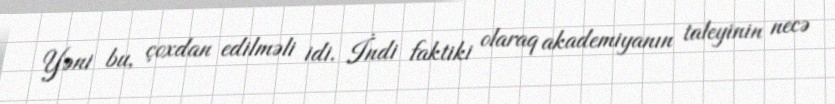
Yəni bu, çoxdan edilməli idi. İndi faktiki olaraq akademiyanın taleyinin necə